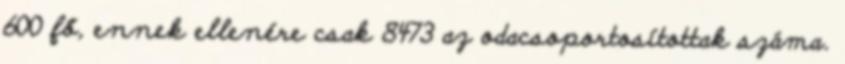
600 fő, ennek ellenére csak 8473 az odacsoportosítottak száma.